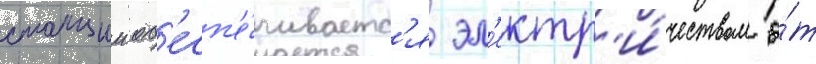
станции об'есп'е́чиваетс'я эл'ектр'и́чеством о́т